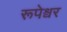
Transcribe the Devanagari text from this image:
रूपेश्वर